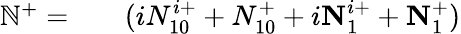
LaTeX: \begin{array}{rlr}{\mathbb{N}^{+}=}&{{}}&{(iN_{10}^{i+}+N_{10}^{+}+i\textbf{N}_{1}^{i+}+\textbf{N}_{1}^{+})}\end{array}